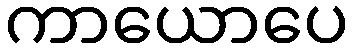
ကာယောပေ